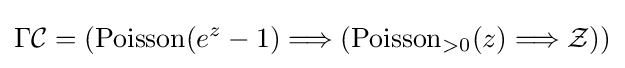
\Gamma {\mathcal {C}}=\left(\operatorname {Poisson} (e^{z}-1)\Longrightarrow \left(\operatorname {Poisson} _{>0}(z)\Longrightarrow {\mathcal {Z}}\right)\right)